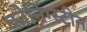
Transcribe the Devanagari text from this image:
कोनिंग्स्टीन